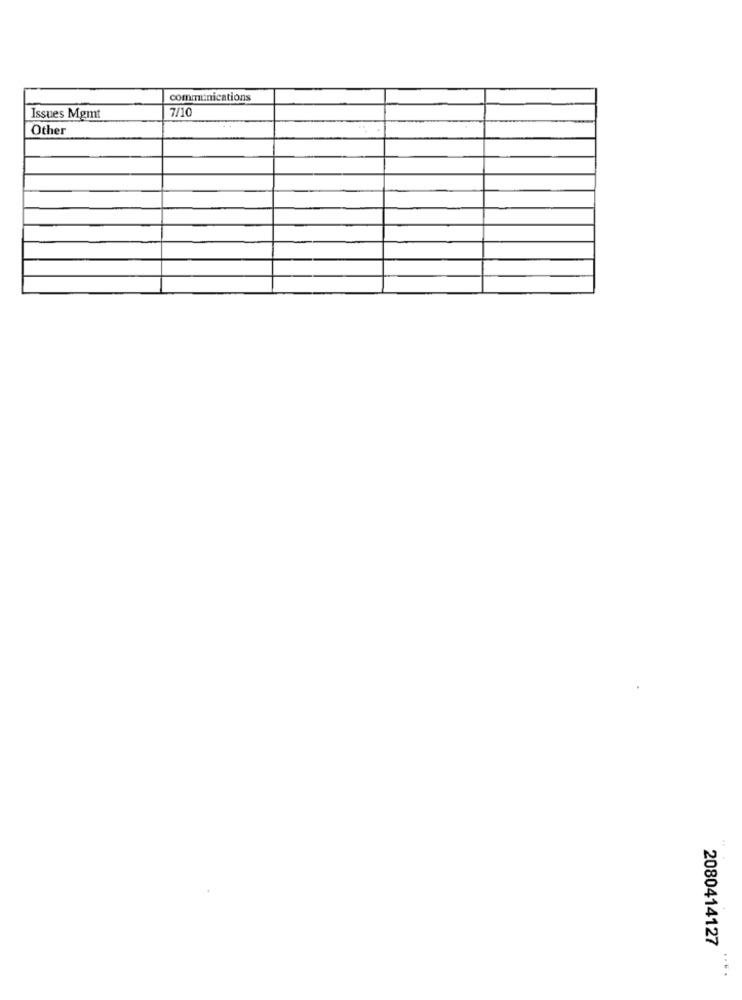
communications
7/10
Issues Mgmt
Other
2080414127